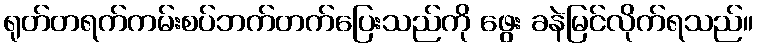
ရုတ်တရက်ကမ်းစပ်ဘက်တက်ပြေးသည်ကို ဖွေး ခနဲမြင်လိုက်ရသည်။